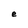
Character: e